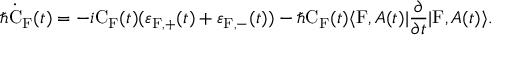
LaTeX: \hbar \dot { \mathrm { C } } _ { \mathrm { F } } ( t ) = - i \mathrm { C } _ { \mathrm { F } } ( t ) ( \varepsilon _ { \mathrm { F } , + } ( t ) + \varepsilon _ { \mathrm { F } , - } ( t ) ) - \hbar \mathrm { C } _ { \mathrm { F } } ( t ) \langle \mathrm { F } , A ( t ) | \frac { \partial } { \partial t } | \mathrm { F } , A ( t ) \rangle .